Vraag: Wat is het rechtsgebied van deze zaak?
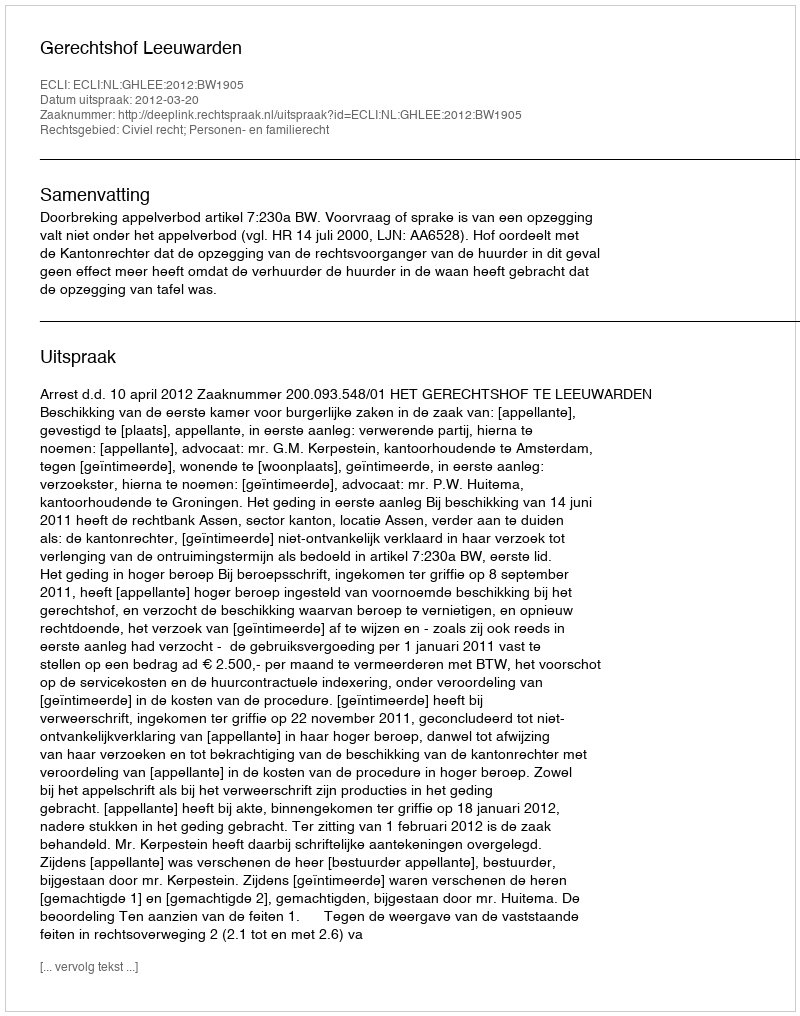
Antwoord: Civiel recht; Personen- en familierecht